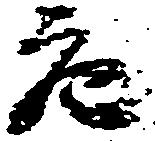
充